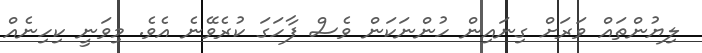
ލިޔުންތައް ވަރަށް ގިނައިން ހުންނަކަން ވެސް ފާހަގަ ކުރެވޭނެ އެވެ. މިވަނީ ކިހިނެއް